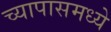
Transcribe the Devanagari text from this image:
च्यापासमध्ये